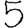
Digit: 5